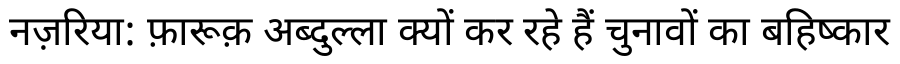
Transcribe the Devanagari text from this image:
नज़रिया: फ़ारूक़ अब्दुल्ला क्यों कर रहे हैं चुनावों का बहिष्कार